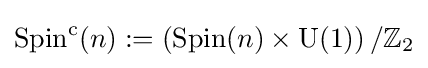
\operatorname {Spin} ^{\mathrm {c} }(n):=\left(\operatorname {Spin} (n)\times \operatorname {U} (1)\right)/\mathbb {Z} _{2}